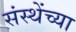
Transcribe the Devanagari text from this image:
संस्थेंच्या